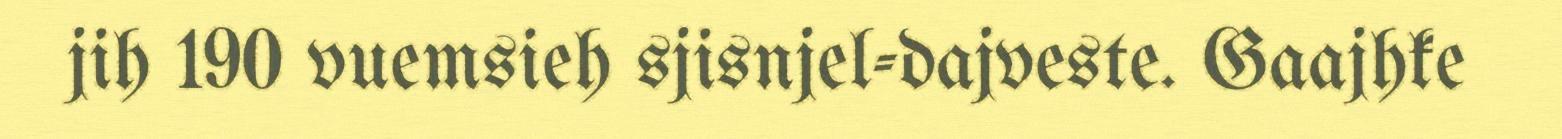
jih 190 vuemsieh sjisnjel-dajveste. Gaajhke